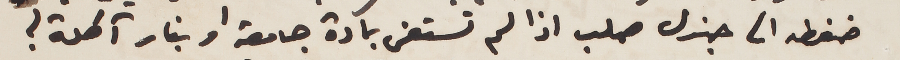
ضغطه الى جندل صلب اذا لم تستعن بمادة جامعة او بنار آكلة؟